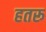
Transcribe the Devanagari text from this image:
हतरू